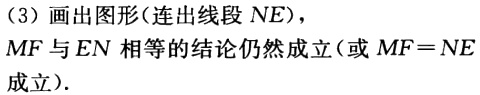
（3）画出图形(连出线段 \(NE\))，
\(MF\)与 \(EN\)相等的结论仍然成立(或 \(MF = NE\)成立).